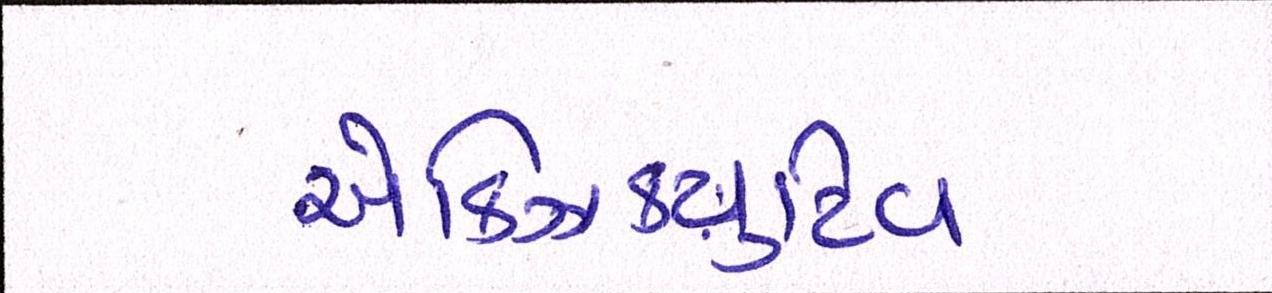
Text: એક્ઝિક્યુટિવ